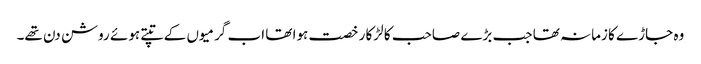
وہ جاڑے کا زمانہ تھا جب بڑے صاحب کا لڑکا رخصت ہوا تھا اب گرمیوں کے تپتے ہوئے روشن دن تھے۔